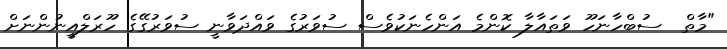
"މާތް  ސުބްހާނަހޫ ވަތައާލާ ކޮންމެ އަންހެނަކުވެސް ސުވަރުގެ ވައްދަވާނީ ސުވަރުގޭގެ ހޫރަލްއީނުންނަށް